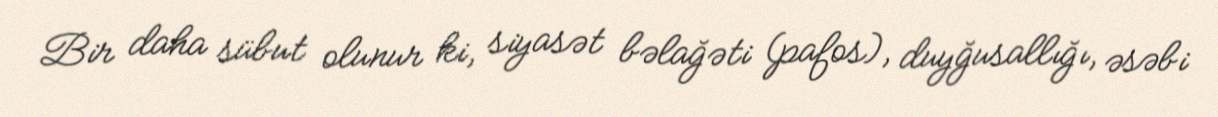
Bir daha sübut olunur ki, siyasət bəlağəti (pafos), duyğusallığı, əsəbi